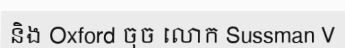
និង Oxford ចុច លោក Sussman V